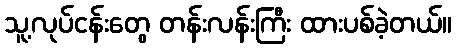
သူ့လုပ်ငန်းတွေ တန်းလန်းကြီး ထားပစ်ခဲ့တယ်။